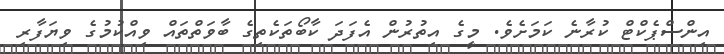
އިންސްޕެކްޓް ކުރާނެ ކަމަށެވެ. މީގެ އިތުރުން އެފަދަ ކާބޯތަކެތިގެ ބާވަތްތައް ވިއްކުމުގެ ވިޔަފާރި